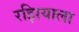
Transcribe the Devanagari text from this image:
रझियाला